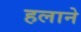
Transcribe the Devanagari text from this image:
हलाने